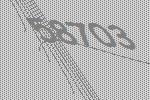
58703